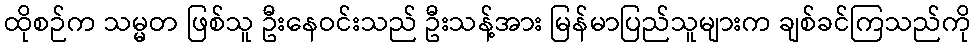
ထိုစဉ်က သမ္မတ ဖြစ်သူ ဦးနေဝင်းသည် ဦးသန့်အား မြန်မာပြည်သူများက ချစ်ခင်ကြသည်ကို